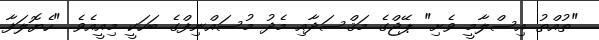
"ތުއްތު އިސްލާމީ ވެށި" ޕޭޖްގެ މަޤްސަދާއި މެދު މުސައްނިފްގެ ބަހަކީ މިއީއެވެ. "ހެޔޮލަފާ